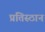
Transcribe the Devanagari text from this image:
प्रतिस्ठान